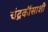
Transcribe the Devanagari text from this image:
चंद्रकौंसाशी